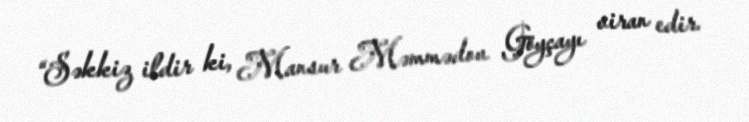
“Səkkiz ildir ki, Mansur Məmmədov Göyçayı viran edir.